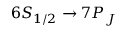
6 S _ { 1 / 2 } \rightarrow 7 P _ { J }